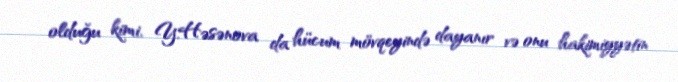
olduğu kimi, Y.Həsənova da hücum mövqeyində dayanır və onu hakimiyyətin